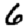
Digit: 6